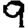
Digit: 9